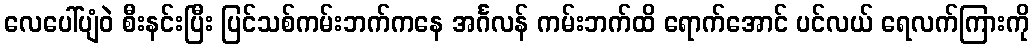
လေပေါ်ပျံဝဲ စီးနင်းပြီး ပြင်သစ်ကမ်းဘက်ကနေ အင်္ဂလန် ကမ်းဘက်ထိ ရောက်အောင် ပင်လယ် ရေလက်ကြားကို